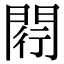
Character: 𨴠